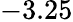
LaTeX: -3.25